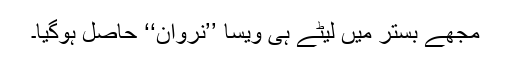
مجھے بستر میں لیٹے ہی ویسا ’’نروان‘‘ حاصل ہوگیا۔